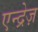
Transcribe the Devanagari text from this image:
एन्द्रेज़